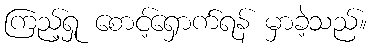
ကြည့်ရှု စောင့်ရှောက်ရန် မှာခဲ့သည်။